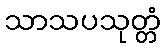
သာသပသုတ္တံ